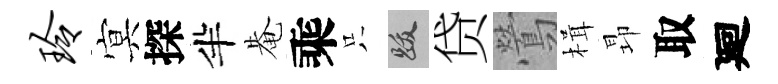
玲㝠探半𤲅乘只跋贷鶯楫昻取廻